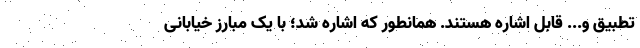
تطبیق و... قابل اشاره هستند. همانطور که اشاره شد؛ با یک مبارز خیابانی